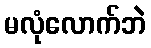
မလုံလောက်ဘဲ